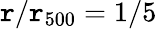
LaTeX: \mathtt{r}/\mathtt{r}_{500}=1/5